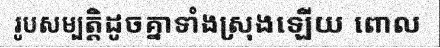
រូបសម្បត្តិដូចគ្នាទាំងស្រុងឡើយ ពោល